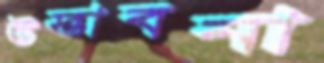
উদ্ভাবনা